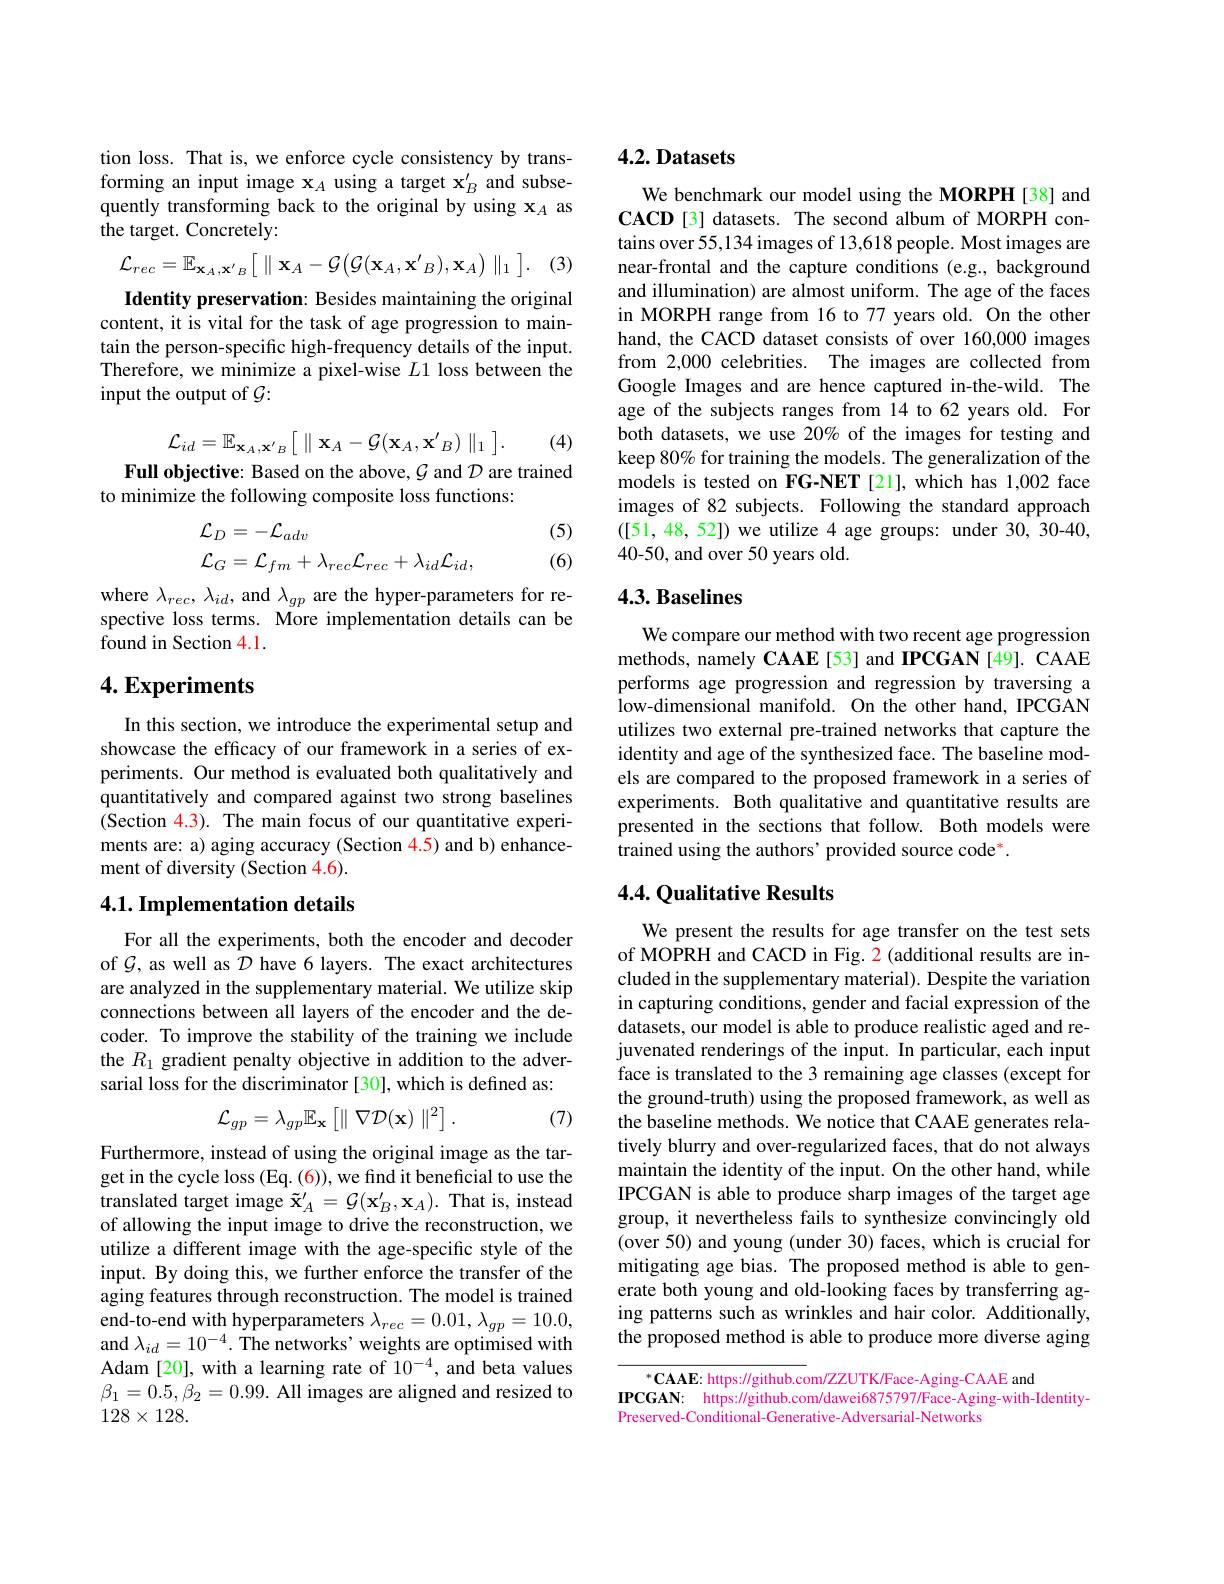
tion loss. That is, we enforce cycle consistency by transforming an input image $\mathbf{x}_A$ using a target $\mathbf{x}_B^{\prime}$ and subsequently transforming back to the original by using $\mathbf{x}_A$ as the target. Concretely:

(3)
$$\mathcal{L}_{rec}=\mathbb{E}_{\mathbf{x}_{A},\mathbf{x}'_{B}}\bigl[\parallel\mathbf{x}_{A}-\mathcal{G}\bigl(\mathcal{G}(\mathbf{x}_{A},\mathbf{x}'_{B}),\mathbf{x}_{A}\bigr)\parallel_{1}\bigr].$$
Identity preservation: Besides maintaining the original content, it is vital for the task of age progression to maintain the person-specific high-frequency details of the input. Therefore, we minimize a pixel-wise $L1$ loss between the input the output of $\mathcal{G}:$
$$\mathcal{L}_{id}=\mathbb{E}_{\mathbf{x}_{A},\mathbf{x}^{\prime}{}_{B}}\Big[\parallel\mathbf{x}_{A}-\mathcal{G}(\mathbf{x}_{A},\mathbf{x}^{\prime}{}_{B})\parallel_{1}\Big].$$
(4)

Full objective: Based on the above, $\mathcal{G}$ and $\mathcal{D}$ are trained
to minimize the following composite loss functions:

(5)
$$\begin{aligned}&\mathcal{L}_{D}=-\mathcal{L}_{adv}\\&\mathcal{L}_{G}=\mathcal{L}_{fm}+\lambda_{rec}\mathcal{L}_{rec}+\lambda_{id}\mathcal{L}_{id},\end{aligned}$$
(6)

where $\lambda_{rec},\lambda_{id}$, and $\lambda_{gp}$ are the hyper-parameters for respective loss terms. More implementation details can be found in Section 4.1.

## $4. \textbf{Experiments}$

In this section, we introduce the experimental setup and showcase the efficacy of our framework in a series of experiments. Our method is evaluated both qualitatively and quantitatively and compared against two strong baselines (Section 4.3). The main focus of our quantitative experiments are: a) aging accuracy (Section 4.5) and b) enhancement of diversity (Section 4.6).

### 4.1. Implementation details

For all the experiments, both the encoder and decoder of $\mathcal{G}$, as well as $\mathcal{D}$ have 6 layers. The exact architectures are analyzed in the supplementary material. We utilize skip connections between all layers of the encoder and the decoder. To improve the stability of the training we include the $R_1$ gradient penalty objective in addition to the adversarial loss for the discriminator [30], which is defined as:

(7)
$$\mathcal{L}_{gp}=\lambda_{gp}\mathbb{E}_{\mathbf{x}}\left[\parallel\nabla\mathcal{D}(\mathbf{x})\parallel^{2}\right].$$
Furthermore, instead of using the original image as the target in the cycle loss (Eq. (6)), we find it beneficial to use the translated target image $\tilde{\mathbf{x}}_A^{\prime}=\mathcal{G}(\mathbf{x}_B^{\prime},\mathbf{x}_A).$ That is, instead of allowing the input image to drive the reconstruction, we utilize a different image with the age-specific style of the input. By doing this, we further enforce the transfer of the aging features through reconstruction. The model is trained end-to-end with hyperparameters $\lambda_{rec}=0.01,\lambda_{gp}=10.0$, and $\lambda_id=10^{-4}.$ The networks' weights are optimised with Adam [20], with a learning rate of $10^{-4}$, and beta values $\beta_{1}=0.5,\beta_{2}=0.99.$ All images are aligned and resized to $128\times128.$

# 4.2. Datasets

We benchmark our model using the MORPH[38] and $\mathbf{CACD}$ [3] datasets. The second album of MORPH contains over 55,134 images of 13,618 people. Most images are near-frontal and the capture conditions (e.g., background and illumination) are almost uniform. The age of the faces in MORPH range from 16 to 77 years old. On the other hand, the CACD dataset consists of over 160,000 images from 2,000 celebrities. The images are collected from Google Images and are hence captured in-the-wild. The age of the subjects ranges from 14 to 62 years old. For both datasets, we use 20% of the images for testing and keep 80% for training the models. The generalization of the models is tested on FG-NET [21], which has 1,002 face images of 82 subjects. Following the standard approach ([51,48,52]) we utilize 4 age groups: under 30, 30-40, 40-50, and over 50 years old.

# 4.3. Baselines

We compare our method with two recent age progression methods, namely CAAE [53] and IPCGAN [49]. CAAE performs age progression and regression by traversing a low-dimensional manifold. On the other hand, IPCGAN utilizes two external pre-trained networks that capture the identity and age of the synthesized face. The baseline models are compared to the proposed framework in a series of experiments. Both qualitative and quantitative results are presented in the sections that follow. Both models were trained using the authors' provided source code*.

### $4.4.\textcircled {Q}$ualitative Results

We present the results for age transfer on the test sets of MOPRH and CACD in Fig. 2 (additional results are included in the supplementary material). Despite the variation in capturing conditions, gender and facial expression of the datasets, our model is able to produce realistic aged and rejuvenated renderings of the input. In particular, each input face is translated to the 3 remaining age classes (except for the ground-truth) using the proposed framework, as well as the baseline methods. We notice that CAAE generates relatively blurry and over-regularized faces, that do not always maintain the identity of the input. On the other hand, while IPCGAN is able to produce sharp images of the target age group, it nevertheless fails to synthesize convincingly old (over 50) and young (under 30) faces, which is crucial for mitigating age bias. The proposed method is able to generate both young and old-looking faces by transferring aging patterns such as wrinkles and hair color. Additionally, the proposed method is able to produce more diverse aging

$^{*}\mathbf{CAAE:https://github.com/ZZUTK/Face-Aging-CAAE~and}$
IPCGAN: https://github.com/dawei6875797/Face-Aging-with-Identity-
Preserved-Conditional-Generative-Adversarial-Networks